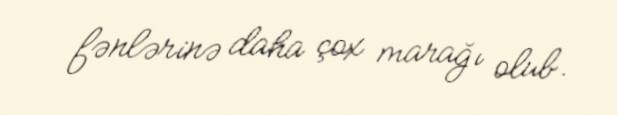
fənlərinə daha çox marağı olub.